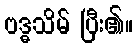
ဗဒ္ဓသိမ် ပြီး၏။